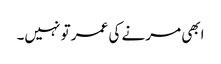
ابھی مرنے کی عمر تو نہیں۔